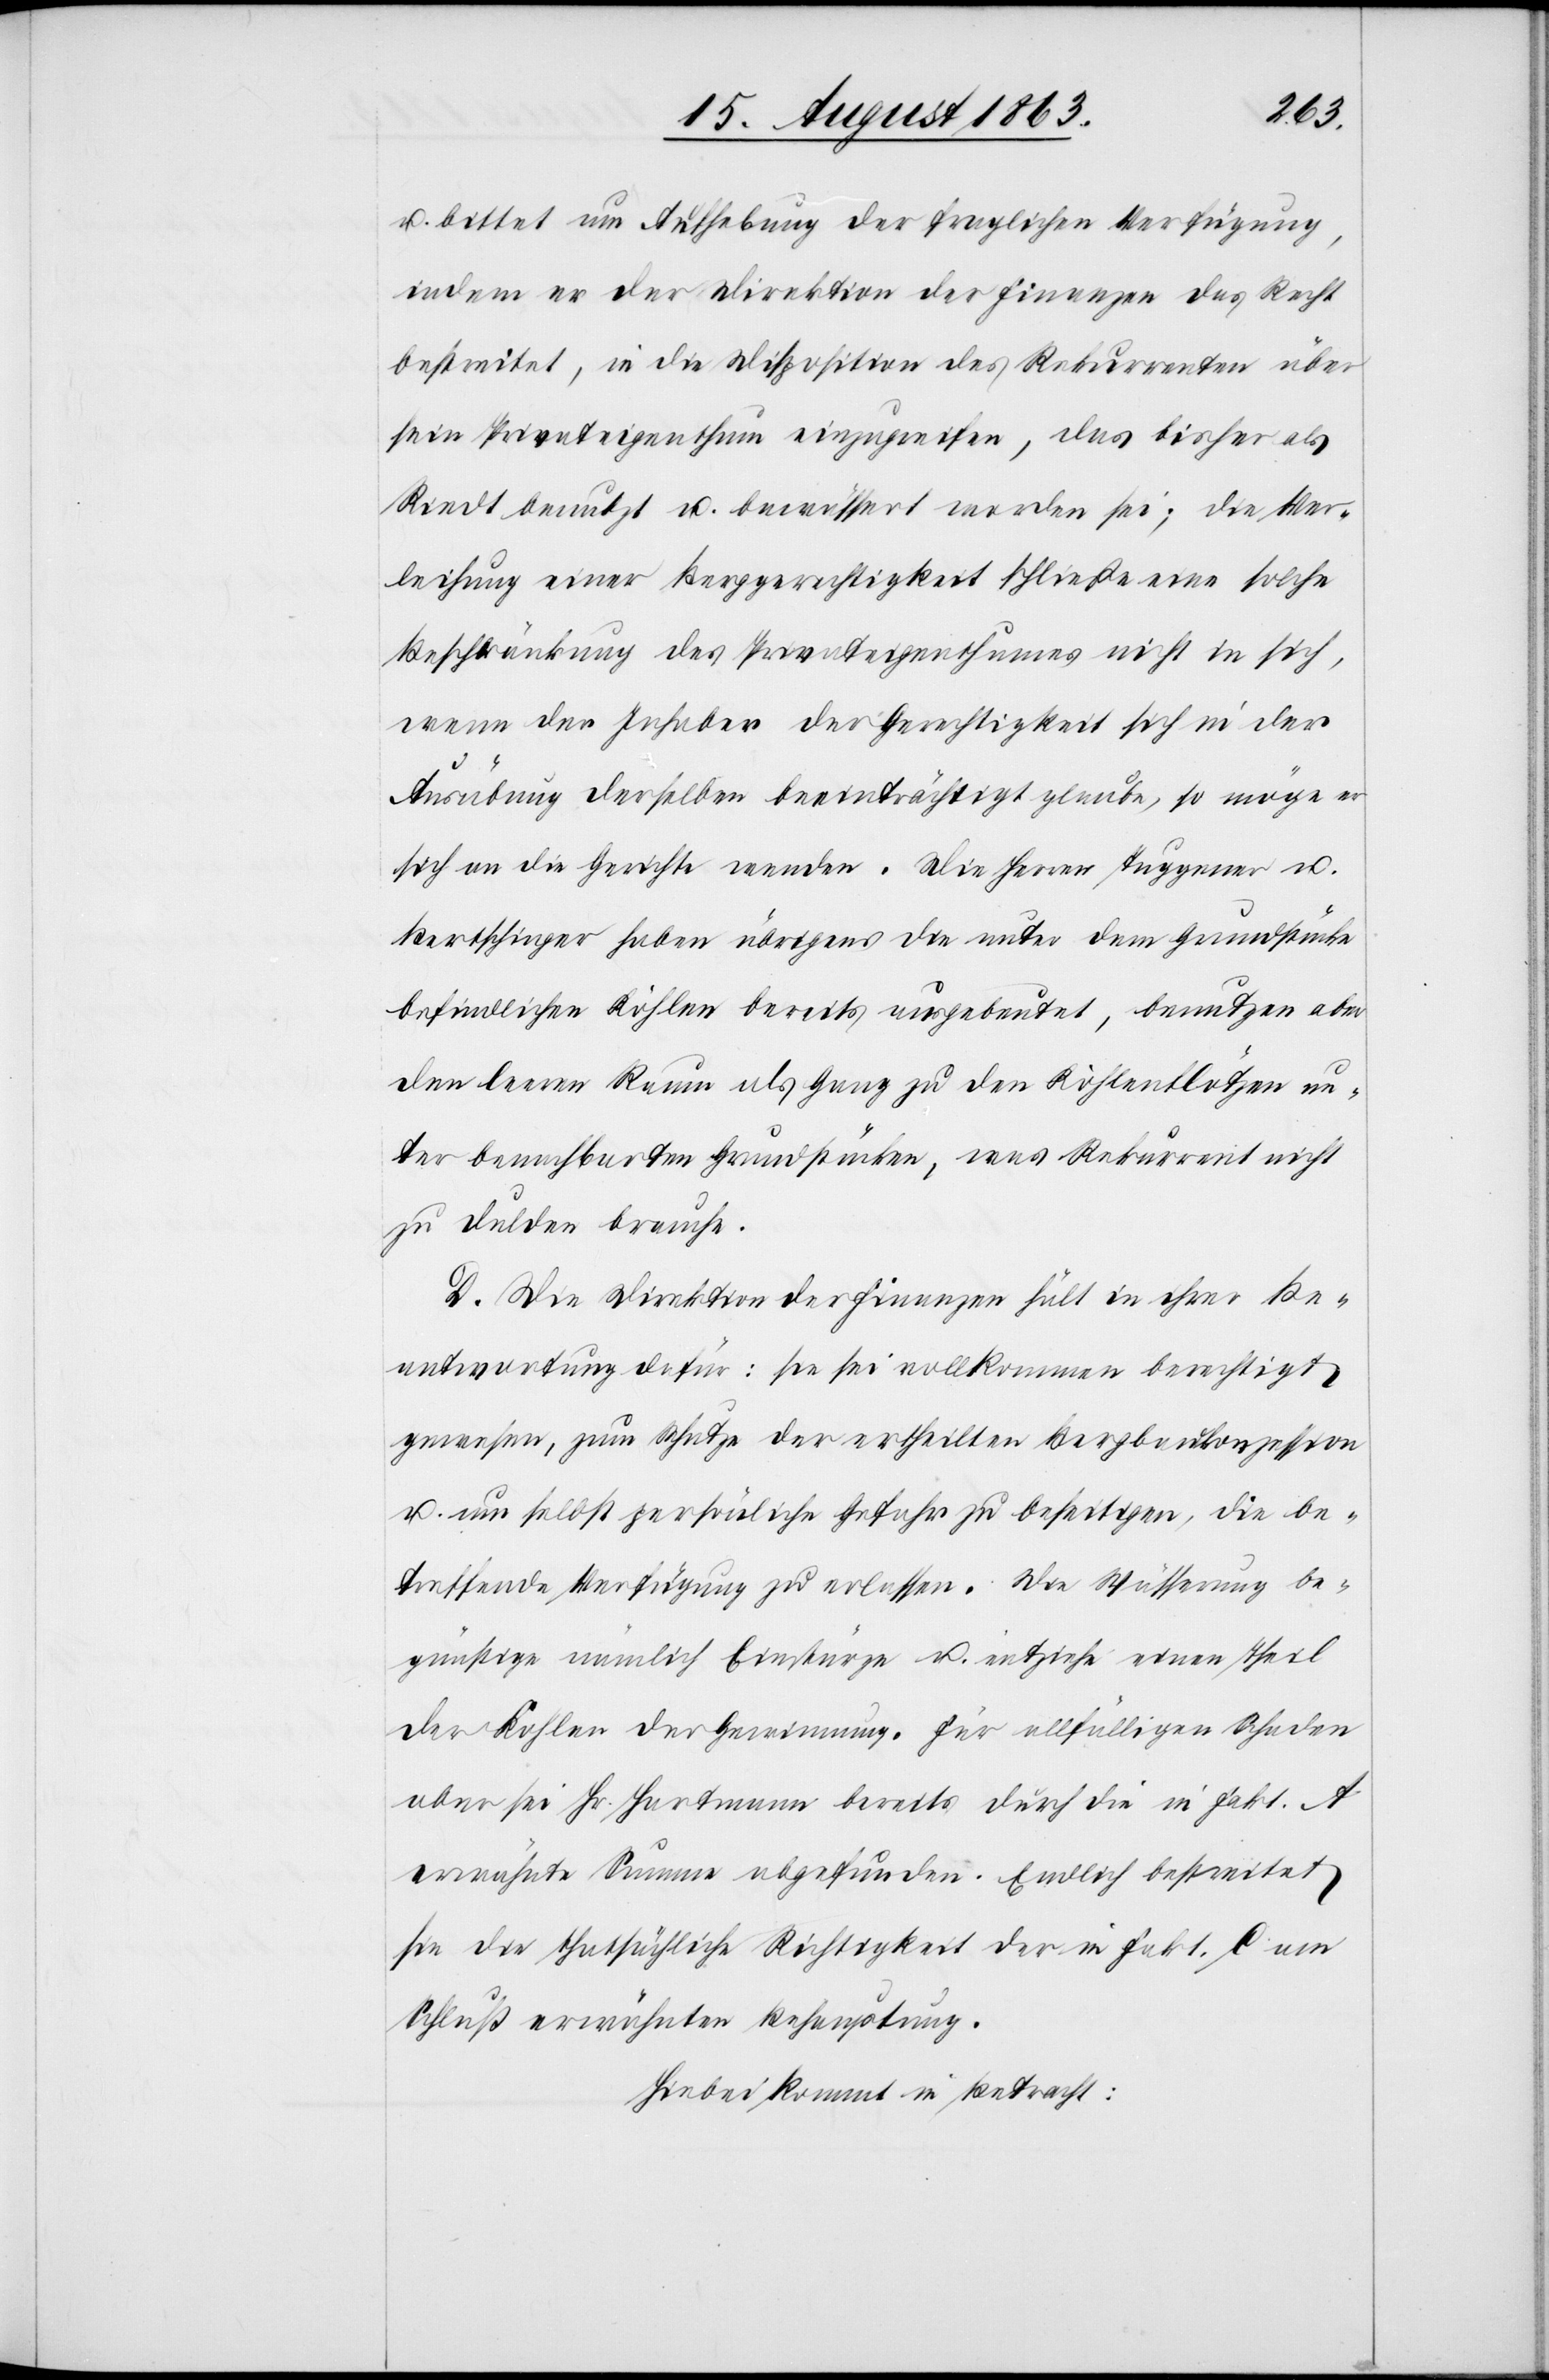
u. bittet um Aufhebung der fraglichen Verfügung,
indem er der Direktion der Finanzen das Recht
bestreite, in die Disposition des Rekurrenten über
sein Privateigenthum einzugreifen, das bisher als
Riedt benutzt u. bewässert worden sei; die Ver¬
leihung einer Berggerechtigkeit schließe eine solche
Beschränkung des Privateigenthumes nicht in sich,
wenn der Inhaber der Gerechtigkeit sich in der
Ausübung derselben beeinträchtigt glaube, so möge er
sich an die Gerichte wenden. Die Herren Tuggener u.
Bertschinger haben übrigens die unter dem Grundstücke
befindlichen Kohlen bereits ausgebeutet, benutzen aber
den leeren Raum als Gang zu den Kohlenflötzen un¬
ter benachbarten Grundstücken, was Rekurrent nicht
zu dulden brauche.
D. Die Direktion der Finanzen hält in ihrer Be¬
antwortung dafür: sie sei vollkommen berechtigt
gewesen, zum Schutze der ertheilten Bergbaukonzession
u. um selbst persönliche Gefahr zu beseitigen, die be¬
treffende Verfügung zu erlassen. Die Wässerung be¬
günstige nämlich Einstürze u. entziehe einen Theil
der Kohlen der Gewinnung. Für allfälligen Schaden
aber sei Hr. Hartmann bereits durch die in Fakt. A
erwähnte Summe abgefunden. Endlich bestreitet
sie die thatsächliche Richtigkeit der in Fakt. C am
Schluß erwähnten Behauptung.
Hiebei kommt in Betracht: